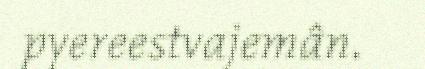
pyereestvajemân.